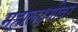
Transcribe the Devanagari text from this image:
महालक्ष्मीवर